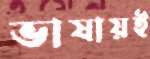
ভাষায়ই